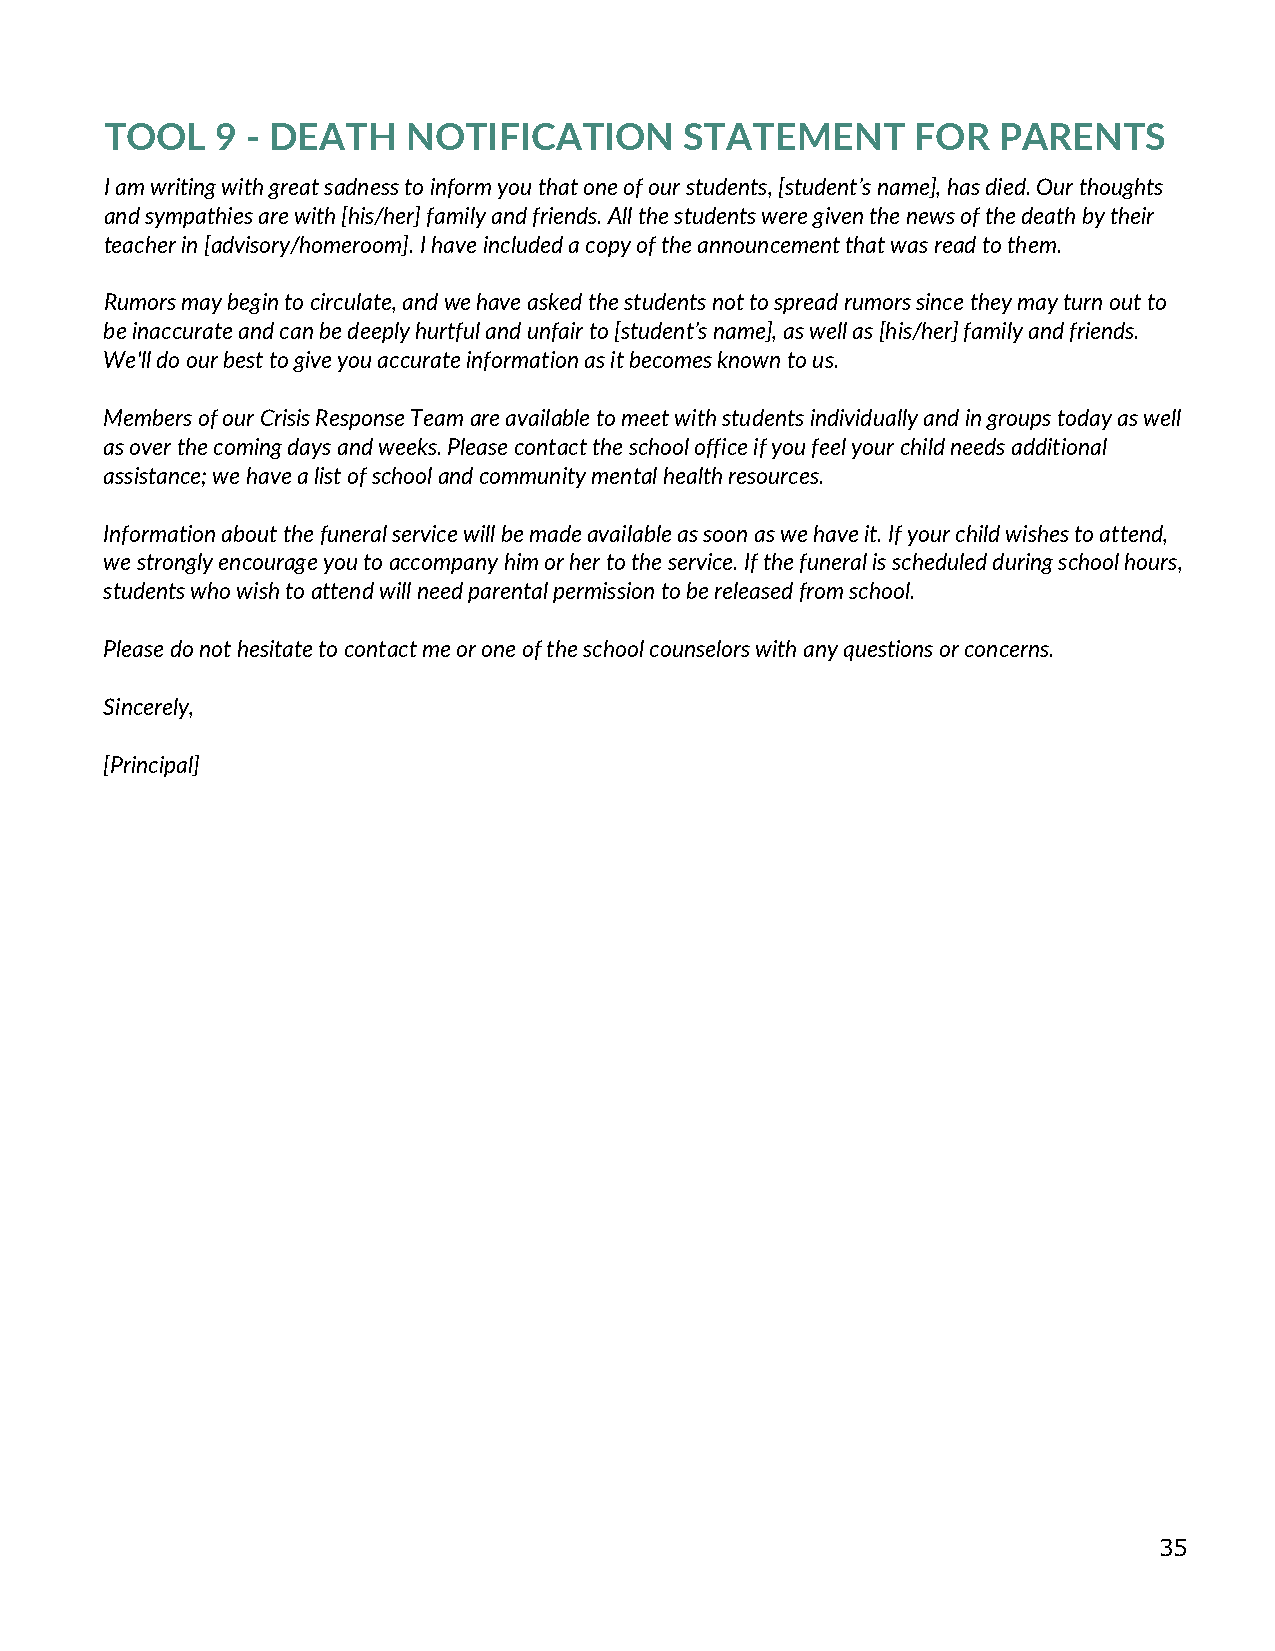
TOOL   9 - DEATH    NOTIFICATION      STATEMENT       FOR  PARENTS
 I am writing with great sadness to inform you that one of our students, [student’s name], has died. Our thoughts
 and sympathies are with [his/her] family and friends. All the students were given the news of the death by their
 teacher in [advisory/homeroom]. I have included a copy of the announcement that was read to them.
 Rumors may begin to circulate, and we have asked the students not to spread rumors since they may turn out to
 be inaccurate and can be deeply hurtful and unfair to [student’s name], as well as [his/her] family and friends.
 We'll do our best to give you accurate information as it becomes known to us.
 Members of our Crisis Response Team are available to meet with students individually and in groups today as well
 as over the coming days and weeks. Please contact the school office if you feel your child needs additional
 assistance; we have a list of school and community mental health resources.
 Information about the funeral service will be made available as soon as we have it. If your child wishes to attend,
 we strongly encourage you to accompany him or her to the service. If the funeral is scheduled during school hours,
 students who wish to attend will need parental permission to be released from school.
 Please do not hesitate to contact me or one of the school counselors with any questions or concerns.
 Sincerely,
 [Principal]
 35